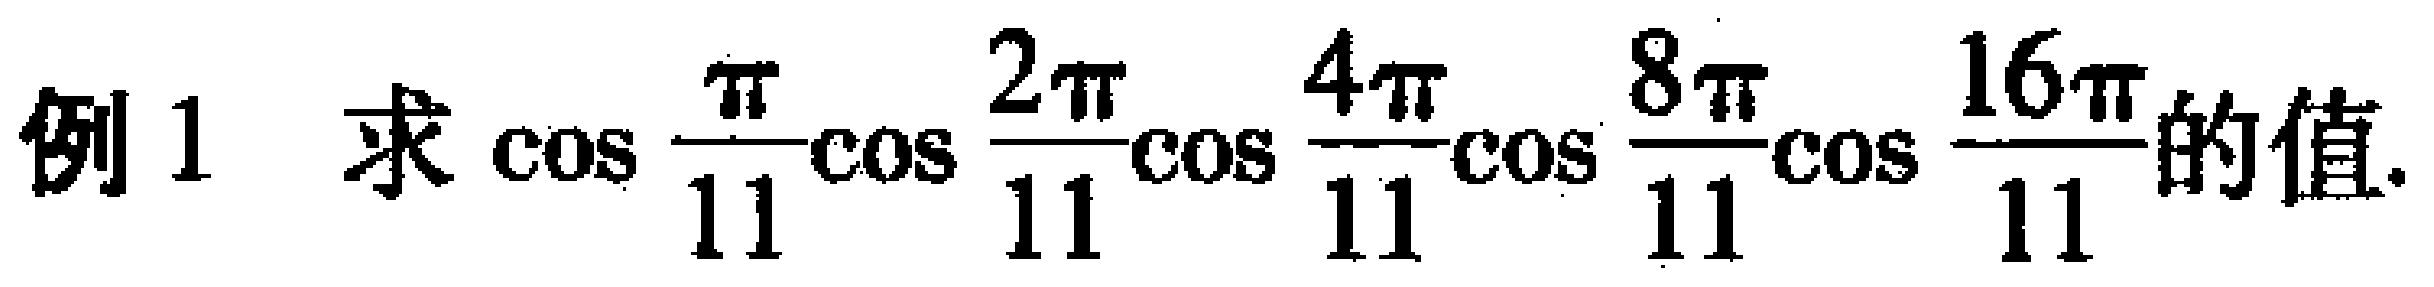
例 1  求\(\cos\frac{\pi}{11}\cos\frac{2\pi}{11}\cos\frac{4\pi}{11}\cos\frac{8\pi}{11}\cos\frac{16\pi}{11}\)的值.